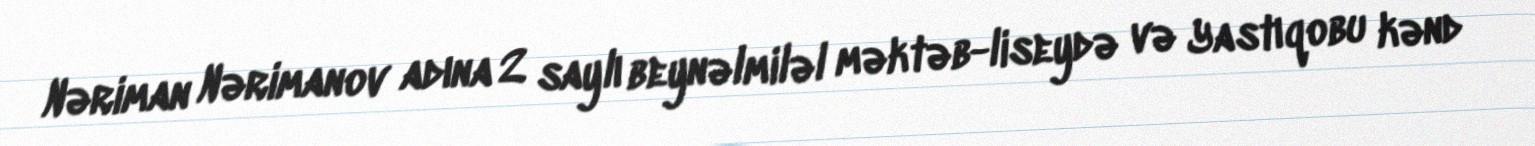
Nəriman Nərimanov adına 2 saylı beynəlmiləl məktəb-liseydə və Yastıqobu kənd